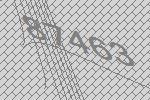
87463